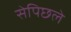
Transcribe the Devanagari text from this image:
सेपिछले